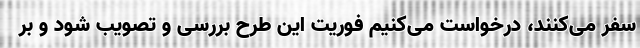
سفر می‌کنند، درخواست می‌کنیم فوریت این طرح بررسی و تصویب شود و بر